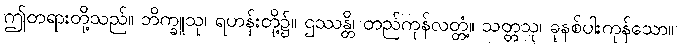
ဤတရားတို့သည်။ ဘိက္ခူသု၊ ရဟန်းတို့၌။ ဌဿန္တိ၊ တည်ကုန်လတ္တံ့။ သတ္တသု၊ ခုနစ်ပါးကုန်သော။